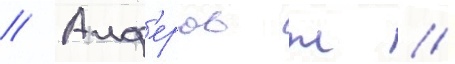
// Алф'еров ж //